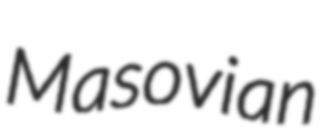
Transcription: Masovian